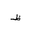
Letter: _za